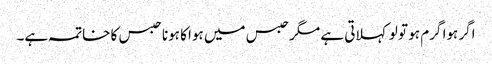
اگر ہوا گرم ہو تو لو کہلاتی ہے مگر حبس میں ہوا کا ہونا حبس کا خاتمہ ہے۔